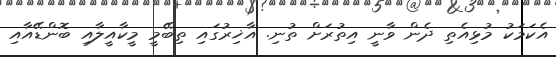
އެކަމަކު މުޅިއެތި ދެން ވާނީ އިތުރަށް ތުނި. އާޚިރުގައި ތިބޭމީ މީކާއީލާއި ބޮންޑޭއާއި